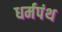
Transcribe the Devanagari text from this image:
धर्मपंथ